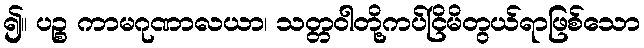
၍။ ပဉ္စ ကာမဂုဏာလယာ၊ သတ္တဝါတို့ကပ်ငြိမိတွယ်ရာဖြစ်သော